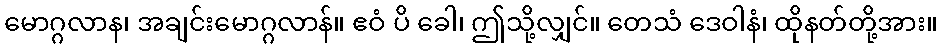
မောဂ္ဂလာန၊ အချင်းမောဂ္ဂလာန်။ ဧဝံ ပိ ခေါ၊ ဤသို့လျှင်။ တေသံ ဒေဝါနံ၊ ထိုနတ်တို့အား။